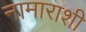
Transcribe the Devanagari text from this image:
नामाराशी